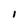
Character: I